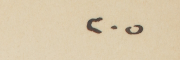
٢٠٥